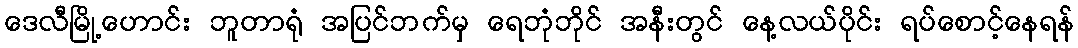
ဒေလီမြို့ဟောင်း ဘူတာရုံ အပြင်ဘက်မှ ရေဘုံဘိုင် အနီးတွင် နေ့လယ်ပိုင်း ရပ်စောင့်နေရန်